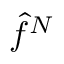
\hat { f } ^ { N }